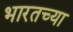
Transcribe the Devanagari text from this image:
भारतच्या